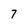
Character: 7